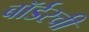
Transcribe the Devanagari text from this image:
बॉर्डरची